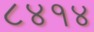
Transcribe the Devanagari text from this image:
८४१४